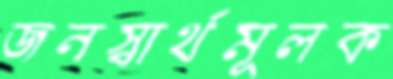
জনস্বার্থমূলক